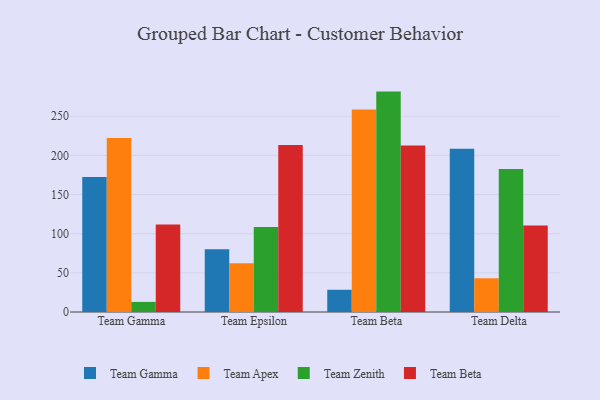
{"axis": {"x": "Team", "y": "LTV (USD)"}, "legend": ["Team Apex", "Team Beta", "Team Gamma", "Team Zenith"], "data": [{"x": "Team Gamma", "y": 172.4, "type": "Team Gamma"}, {"x": "Team Gamma", "y": 222.3, "type": "Team Apex"}, {"x": "Team Gamma", "y": 12.9, "type": "Team Zenith"}, {"x": "Team Gamma", "y": 111.9, "type": "Team Beta"}, {"x": "Team Epsilon", "y": 80.3, "type": "Team Gamma"}, {"x": "Team Epsilon", "y": 62.2, "type": "Team Apex"}, {"x": "Team Epsilon", "y": 108.7, "type": "Team Zenith"}, {"x": "Team Epsilon", "y": 213.2, "type": "Team Beta"}, {"x": "Team Beta", "y": 28.4, "type": "Team Gamma"}, {"x": "Team Beta", "y": 258.5, "type": "Team Apex"}, {"x": "Team Beta", "y": 281.5, "type": "Team Zenith"}, {"x": "Team Beta", "y": 212.7, "type": "Team Beta"}, {"x": "Team Delta", "y": 208.6, "type": "Team Gamma"}, {"x": "Team Delta", "y": 43.1, "type": "Team Apex"}, {"x": "Team Delta", "y": 182.5, "type": "Team Zenith"}, {"x": "Team Delta", "y": 110.6, "type": "Team Beta"}]}